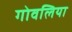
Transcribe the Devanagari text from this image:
गोवलिया